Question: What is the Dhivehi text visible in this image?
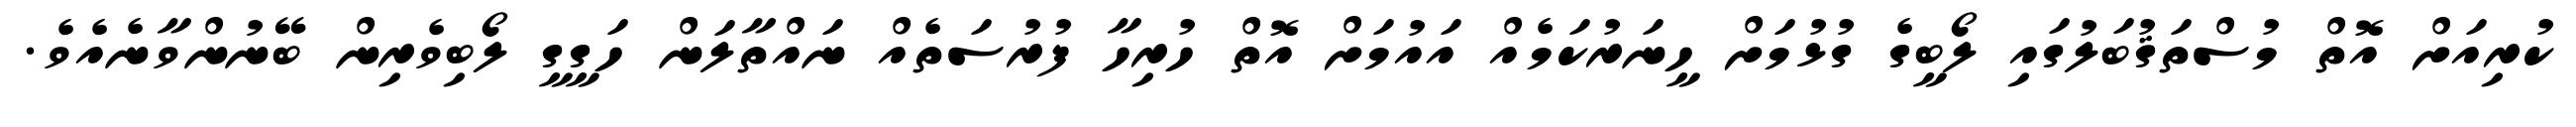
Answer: ކުރިއަށް އޮތް މުސްތަޤުބަލުގައި ލޯބީގެ ގުޅުމަށް ހީނަރުކަމެއް އައުމަށް އޮތް ހުރިހާ ފުރުސަތެއް ނައްތާލަން ހަގީގީ ލޯބިވެރިން ބޭނުންވާނެއެވެ.